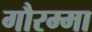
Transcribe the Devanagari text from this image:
गौरम्मा